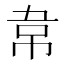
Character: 𮧯